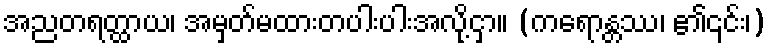
အညတရတ္ထာယ၊ အမှတ်မထားတပါးပါးအလို့ငှာ။ (ကရောန္တဿ၊ ၏၎င်း၊)